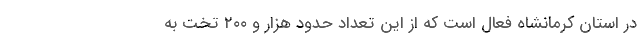
در استان کرمانشاه فعال است که از این تعداد حدود هزار و ۲۰۰ تخت به